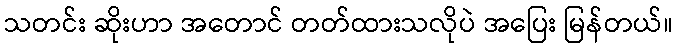
သတင်း ဆိုးဟာ အတောင် တတ်ထားသလိုပဲ အပြေး မြန်တယ်။